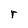
Character: r